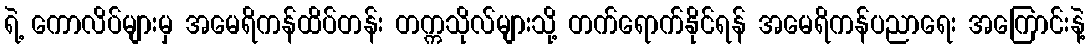
ရဲ့ ကောလိပ်များမှ အမေရိကန်ထိပ်တန်း တက္ကသိုလ်များသို့ တက်ရောက်နိုင်ရန် အမေရိကန်ပညာရေး အကြောင်းနဲ့